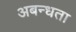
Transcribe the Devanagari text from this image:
अबन्धता